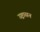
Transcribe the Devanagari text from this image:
उष्ट्रासन